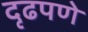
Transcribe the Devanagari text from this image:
दृढपणे